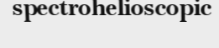
spectrohelioscopic